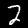
Label: 2